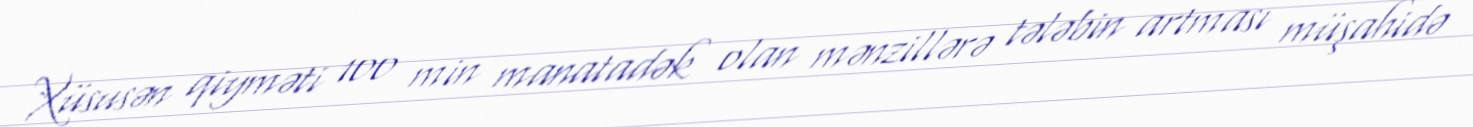
Xüsusən qiyməti 100 min manatadək olan mənzillərə tələbin artması müşahidə